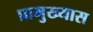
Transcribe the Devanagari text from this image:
प्रामुख्यास